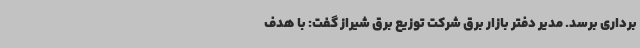
برداری برسد. مدیر دفتر بازار برق شرکت توزیع برق شیراز گفت: با هدف